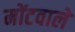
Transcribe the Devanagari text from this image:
मोंटवाले